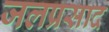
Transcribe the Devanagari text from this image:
जलप्रसाद